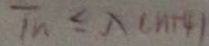
T _ { n } \leq \lambda ( n + 4 )